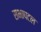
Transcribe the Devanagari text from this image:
सभापटल